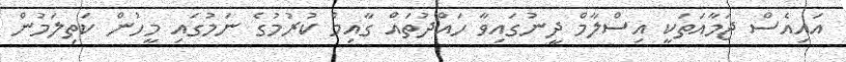
އައިއެސް ޖަމާއަތަކީ އިސްލާމް ދީނުގައިވާ ހައްދުތައް ގާއިމް ކުރުމުގެ ނަމުގައި މީހުން ކަތިލަމުން